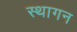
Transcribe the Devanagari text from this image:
स्थागन